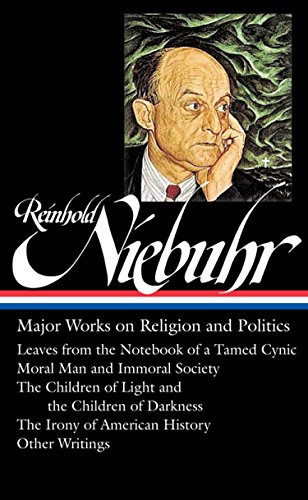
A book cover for Reinhold Niebuhr: Major Works on Religion and Politics: (Library of America #263); Reinhold Niebuhr; Politics & Social Sciences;